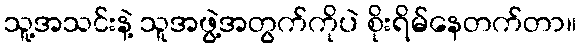
သူ့အသင်းနဲ့ သူအဖွဲ့အတွက်ကိုပဲ စိုးရိမ်နေတက်တာ။